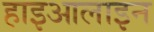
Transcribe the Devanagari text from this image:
हाइआलाइन